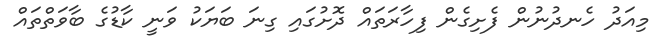
މިއަދު ހެނދުނުން ފެށިގެން ފިހާރަތައް ދޮށުގައި ގިނަ ބަޔަކު ވަނީ ކާޑުގެ ބާވަތްތައް